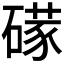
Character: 𱴮